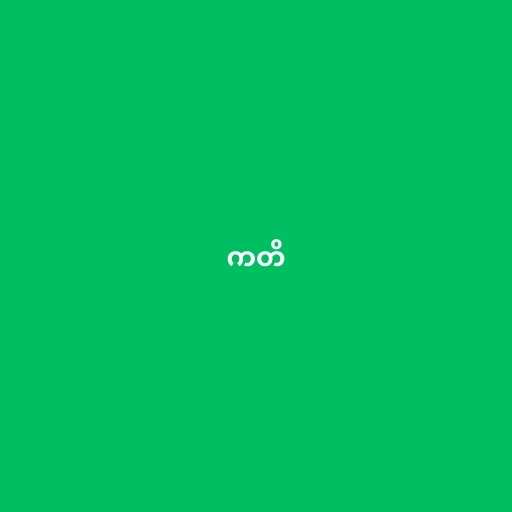
ကတိ